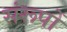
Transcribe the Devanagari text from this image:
संरूपों